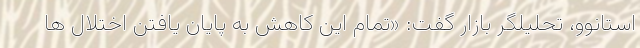
استانوو، تحلیلگر بازار گفت: «تمام این کاهش به پایان یافتن اختلال ها